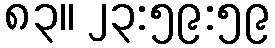
၈၃။ ၂၃:၅၉:၅၉